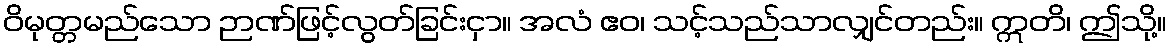
ဝိမုတ္တမည်သော ဉာဏ်ဖြင့်လွတ်ခြင်းငှာ။ အလံ ဧဝ၊ သင့်သည်သာလျှင်တည်း။ ဣတိ၊ ဤသို့။